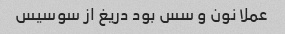
عملا نون و سس بود دریغ از سوسیس